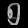
Digit: ၅